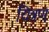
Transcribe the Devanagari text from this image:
यित्रण